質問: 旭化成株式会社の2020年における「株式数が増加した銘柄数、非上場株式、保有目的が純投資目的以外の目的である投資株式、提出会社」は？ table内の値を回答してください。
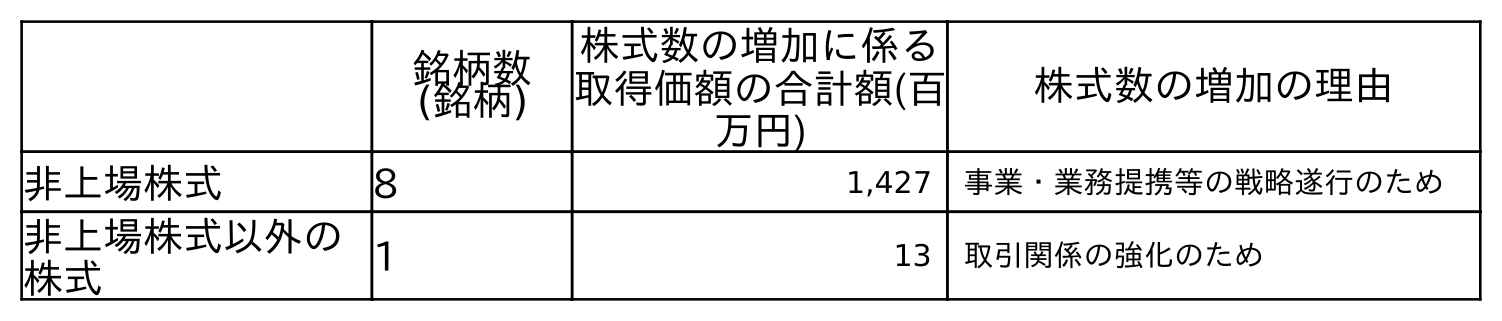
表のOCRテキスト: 銘柄数 (銘柄) 株式数の増加に係る 取得価額の合計額(百 万円) 株式数の増加の理由 非上場株式 8 1,427 事業・業務提携等の戦略遂行のため 非上場株式以外の 株式 1 13 取引関係の強化のため
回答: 8